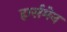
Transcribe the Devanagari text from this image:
हार्समेन